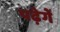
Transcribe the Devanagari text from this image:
पढ़ेगें